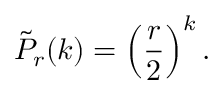
{ \tilde { P } } _ { r } ( k ) = \left( { \frac { r } { 2 } } \right) ^ { k } .